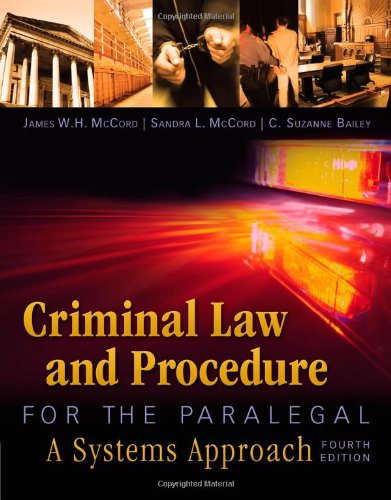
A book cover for Criminal Law and Procedure for the Paralegal; James W. H. McCord; Law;